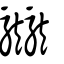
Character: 龖